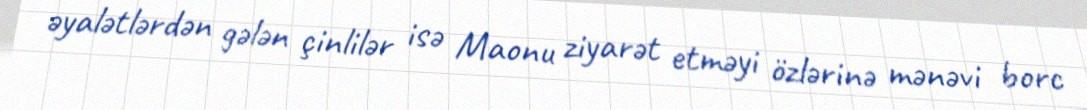
əyalətlərdən gələn çinlilər isə Maonu ziyarət etməyi özlərinə mənəvi borc